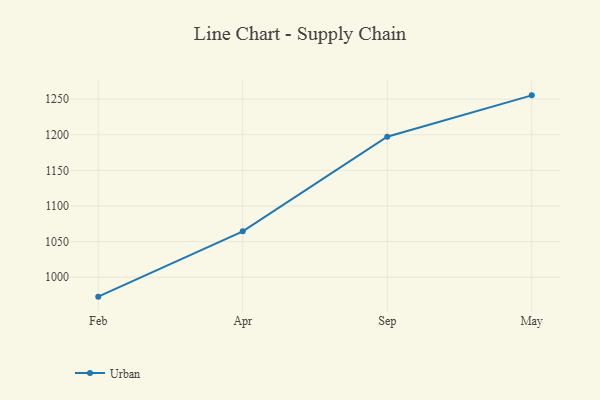
{"axis": {"x": "Month", "y": "Net Income (USD K)"}, "legend": ["Urban"], "data": [{"x": "Feb", "y": 972.8, "type": "Urban"}, {"x": "Apr", "y": 1064.5, "type": "Urban"}, {"x": "Sep", "y": 1197.2, "type": "Urban"}, {"x": "May", "y": 1255.3, "type": "Urban"}]}